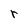
Character: r